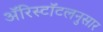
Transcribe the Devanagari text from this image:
ॲरिस्टॉटलनुसार